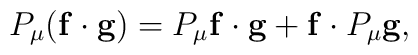
P_\mu(\mathbf{f}\cdot \mathbf{g})=P_\mu \mathbf{f}\cdot \mathbf{g}  +\mathbf{f}\cdot P_\mu \mathbf{g},